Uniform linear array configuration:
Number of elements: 8
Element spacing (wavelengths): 0.75
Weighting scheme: binomial
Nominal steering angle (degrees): -15
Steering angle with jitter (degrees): -14.321
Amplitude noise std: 0.05
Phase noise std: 0.05

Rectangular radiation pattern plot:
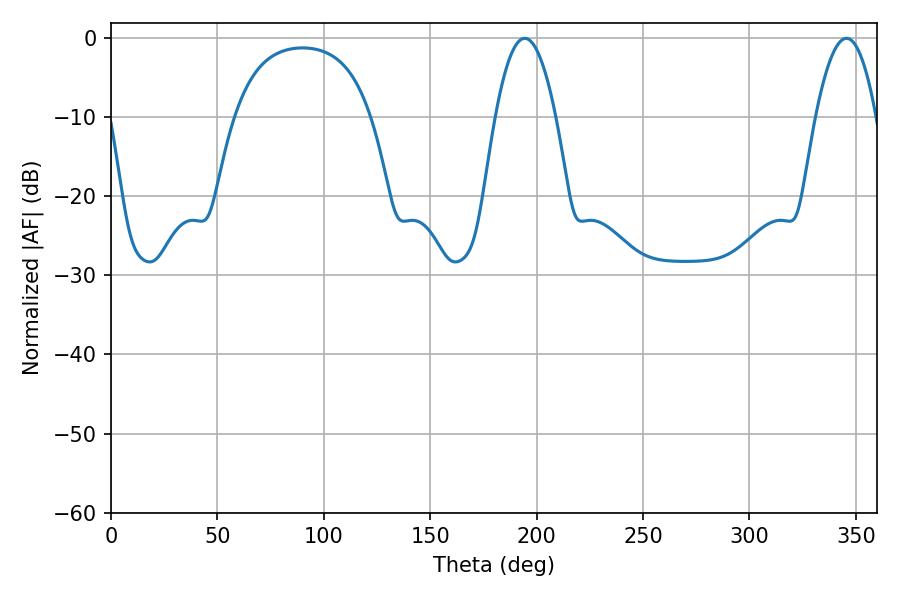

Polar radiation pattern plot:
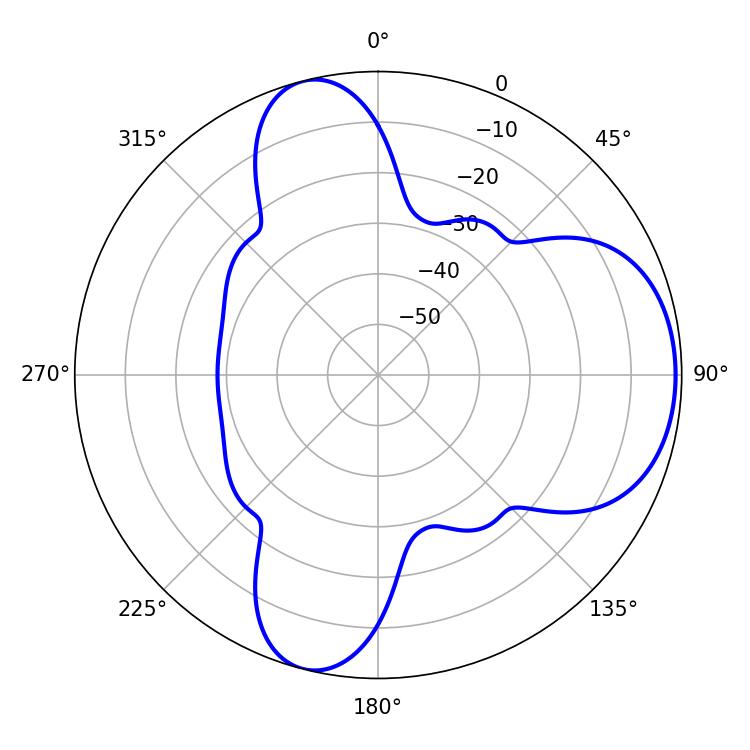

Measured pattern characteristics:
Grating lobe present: TRUE
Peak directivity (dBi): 6.93
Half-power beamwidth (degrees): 15.66
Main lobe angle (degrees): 194.4